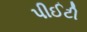
પીઈટી